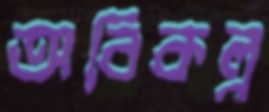
অবিকল্প